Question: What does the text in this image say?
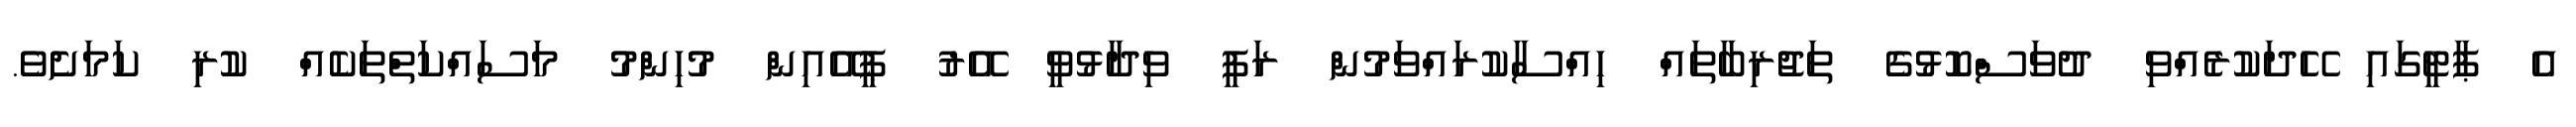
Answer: އެ ޕާޓީގައި ހޭދަކުރެއްވި ދުވަސްކޮޅުގެ ތަޖުރިބާތައް ހިއްސާކުރައްވަމުން ރަފީ ވިދާޅުވީ އޭރު ޕީއޭއިން މުހިންމު މަސައްކަތްތަކެއް ކުރި ކަމަށެވެ.